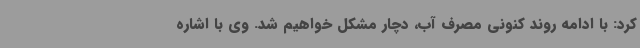
کرد: با ادامه روند کنونی مصرف آب، دچار مشکل خواهیم شد. وی با اشاره